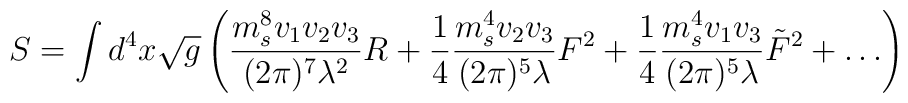
S = \int d^4 x \sqrt{g} \left( {{m_s^8 v_1 v_2 v_3} \over (2 \pi)^7 \lambda^2} R + {1 \over 4} {{m_s^4 v_2 v_3} \over {(2 \pi)^5 \lambda}} F^2+ {1 \over 4} {{m_s^4 v_1 v_3} \over {(2 \pi)^5 \lambda}} \tilde{F}^2 +\dots \right)